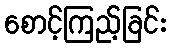
စောင့်ကြည့်ခြင်း